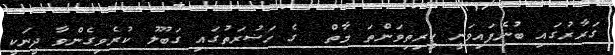
ގަރާރުގައި ބުނެފައިވަނީ ކީރިތިވަންތަ މާތް  ގެ ހަޟުރަތުގައި ގަބޫލު ކުރެވިގެންވާ ދީނަކީ